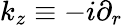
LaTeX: k_{z}\equiv-i\partial_{r}